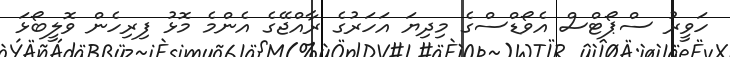
ހަވީރު ސްޕޯޓްސް އެވޯޑްސްގެ މިދިޔަ އަހަރުގެ ރާއްޖޭގެ އެންމެ މޮޅު ފިރިހެން ވޮލީބޯޅަ